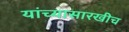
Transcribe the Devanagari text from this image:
यांच्यासारखीच